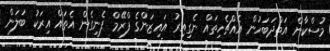
މުސްކާން އަތްދަބަހުން އެއްޗެހިތައް ނެގިއިރު އައިޒަންގެ ފްރޭމް ފެނިގެން އެތައް އިރަކު ބަލަން